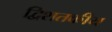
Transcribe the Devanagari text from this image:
द्विशतकीय